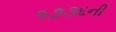
૧૭૩૬ની